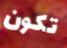
تكون